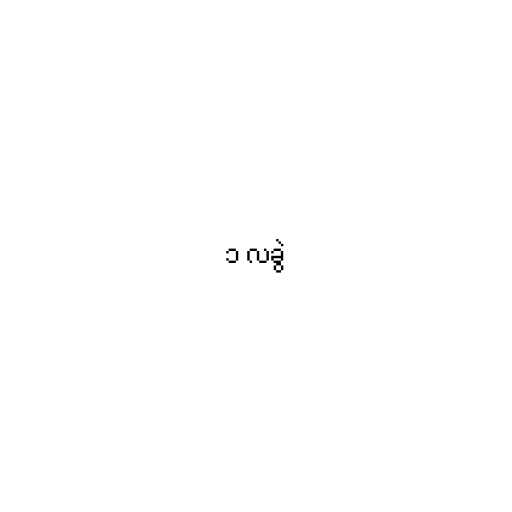
၁ လခွဲ